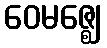
ဝေမဇ္ဈေ